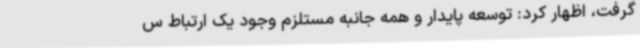
گرفت، اظهار کرد: توسعه پایدار و همه جانبه مستلزم وجود یک ارتباط س